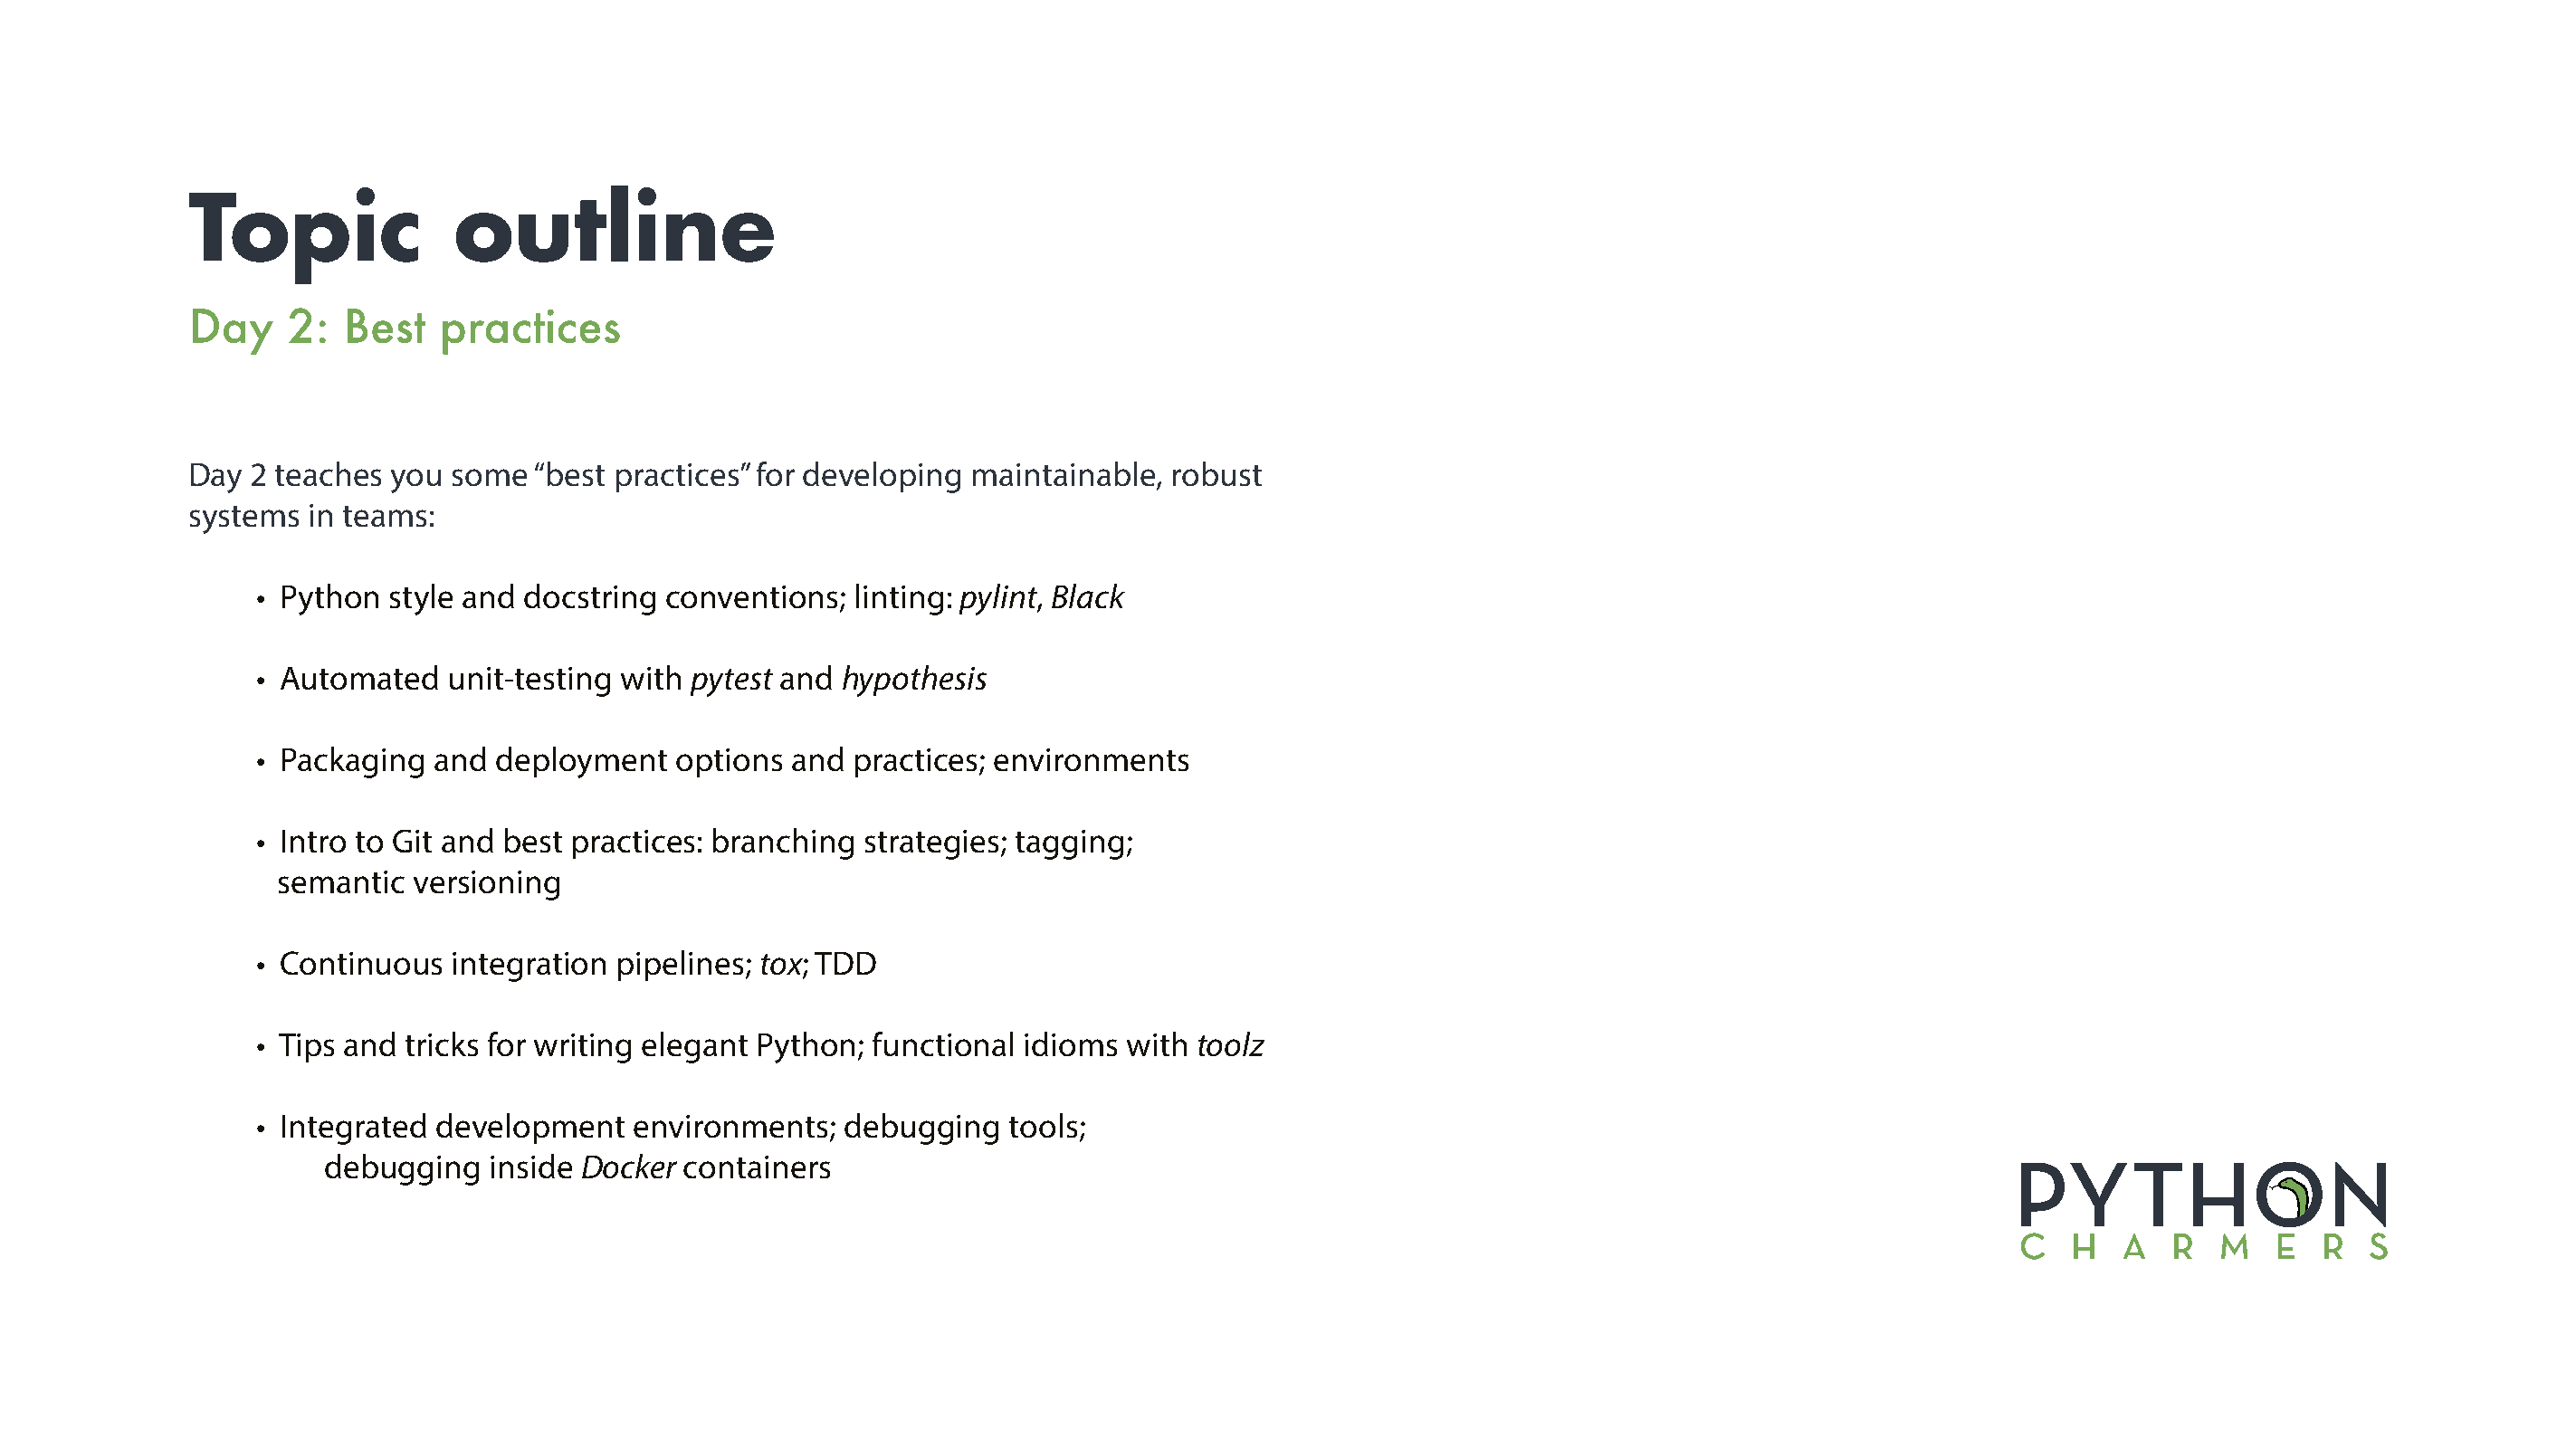
Topic              outline
 Day    2:  Best   practices
 Day 2 teaches  you some  “best practices” for developing maintainable,  robust
 systems  in teams:
 • Python style and docstring  conventions; linting: pylint, Black
 • Automated   unit-testing with pytest and hypothesis
 • Packaging  and deployment   options  and practices; environments
 • Intro to Git and best practices: branching strategies; tagging;
 semantic  versioning
 • Continuous  integration pipelines; tox; TDD
 • Tips and tricks for writing elegant Python; functional idioms with toolz
 • Integrated development   environments;   debugging   tools;
 debugging   inside Docker containers